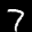
Label: 7